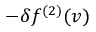
- \delta f ^ { ( 2 ) } ( \boldsymbol { v } )